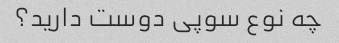
چه نوع سوپی دوست دارید؟